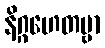
နိဂ္ဂဟေတဗ္ဗာ